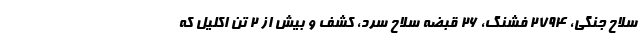
سلاح جنگی، ۲۷۹۴ فشنگ، ۲۶ قبضه سلاح سرد، کشف و بیش از ۲ تن اکلیل که